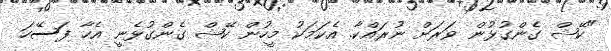
"ކޭޝް ގެންގުޅުން ވަރަށް ނުރައްކާ. އެކަމަކު މީހުން ކޭޝް ގެންގުޅެނީ އެހާ ފަސޭހަ